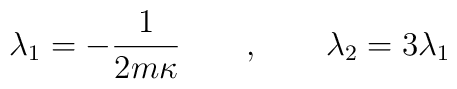
\lambda_1 = - {1\over 2m\kappa} \qquad, \qquad\lambda_2 = 3\lambda_1